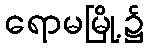
ရောမမြို့၌